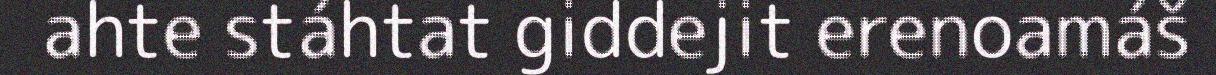
ahte stáhtat giddejit erenoamáš